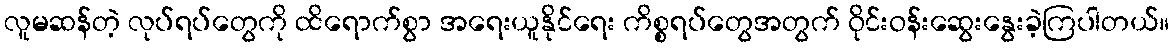
လူမဆန်တဲ့ လုပ်ရပ်တွေကို ထိရောက်စွာ အရေးယူနိုင်ရေး ကိစ္စရပ်တွေအတွက် ဝိုင်းဝန်းဆွေးနွေးခဲ့ကြပါတယ်။